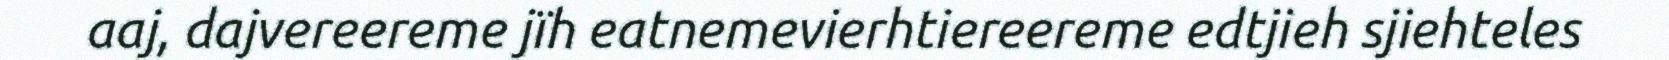
aaj, dajvereereme jïh eatnemevierhtiereereme edtjieh sjiehteles